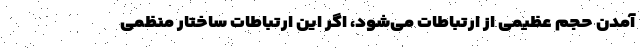
آمدن حجم عظیمی از ارتباطات می‌شود، اگر این ارتباطات ساختار منظمی